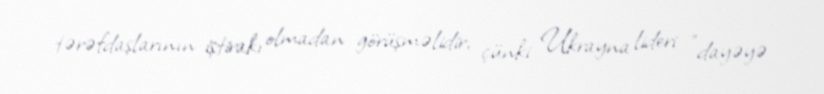
tərəfdaşlarının iştirakı olmadan görüşməlidir, çünki Ukrayna lideri "dayəyə